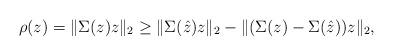
LaTeX: \begin{align*}\rho(z) = \|\Sigma(z)z\|_2 \geq \|\Sigma(\hat{z})z\|_2 - \|(\Sigma(z)-\Sigma(\hat{z}))z\|_2,\end{align*}